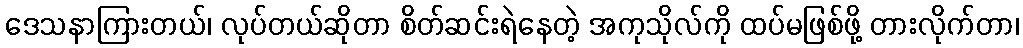
ဒေသနာကြားတယ်၊ လုပ်တယ်ဆိုတာ စိတ်ဆင်းရဲနေတဲ့ အကုသိုလ်ကို ထပ်မဖြစ်ဖို့ တားလိုက်တာ၊